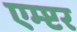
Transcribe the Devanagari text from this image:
एम्प्टर